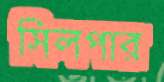
সিলপার